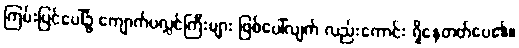
ကြမ်းပြင်ပေါ်၌ ကျောက်ပလ္လင်ကြီးများ ဖြစ်ပေါ်လျက် လည်းကောင်း ရှိနေတတ်ပေ၏။